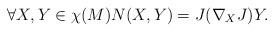
LaTeX: \begin{align*}\forall X,Y\in\chi(M)N(X,Y)=J(\nabla_{X}J)Y.\end{align*}